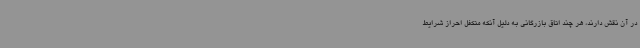
در آن نقش دارند، هر چند اتاق بازرگانی به دلیل آنکه متکفل احراز شرایط